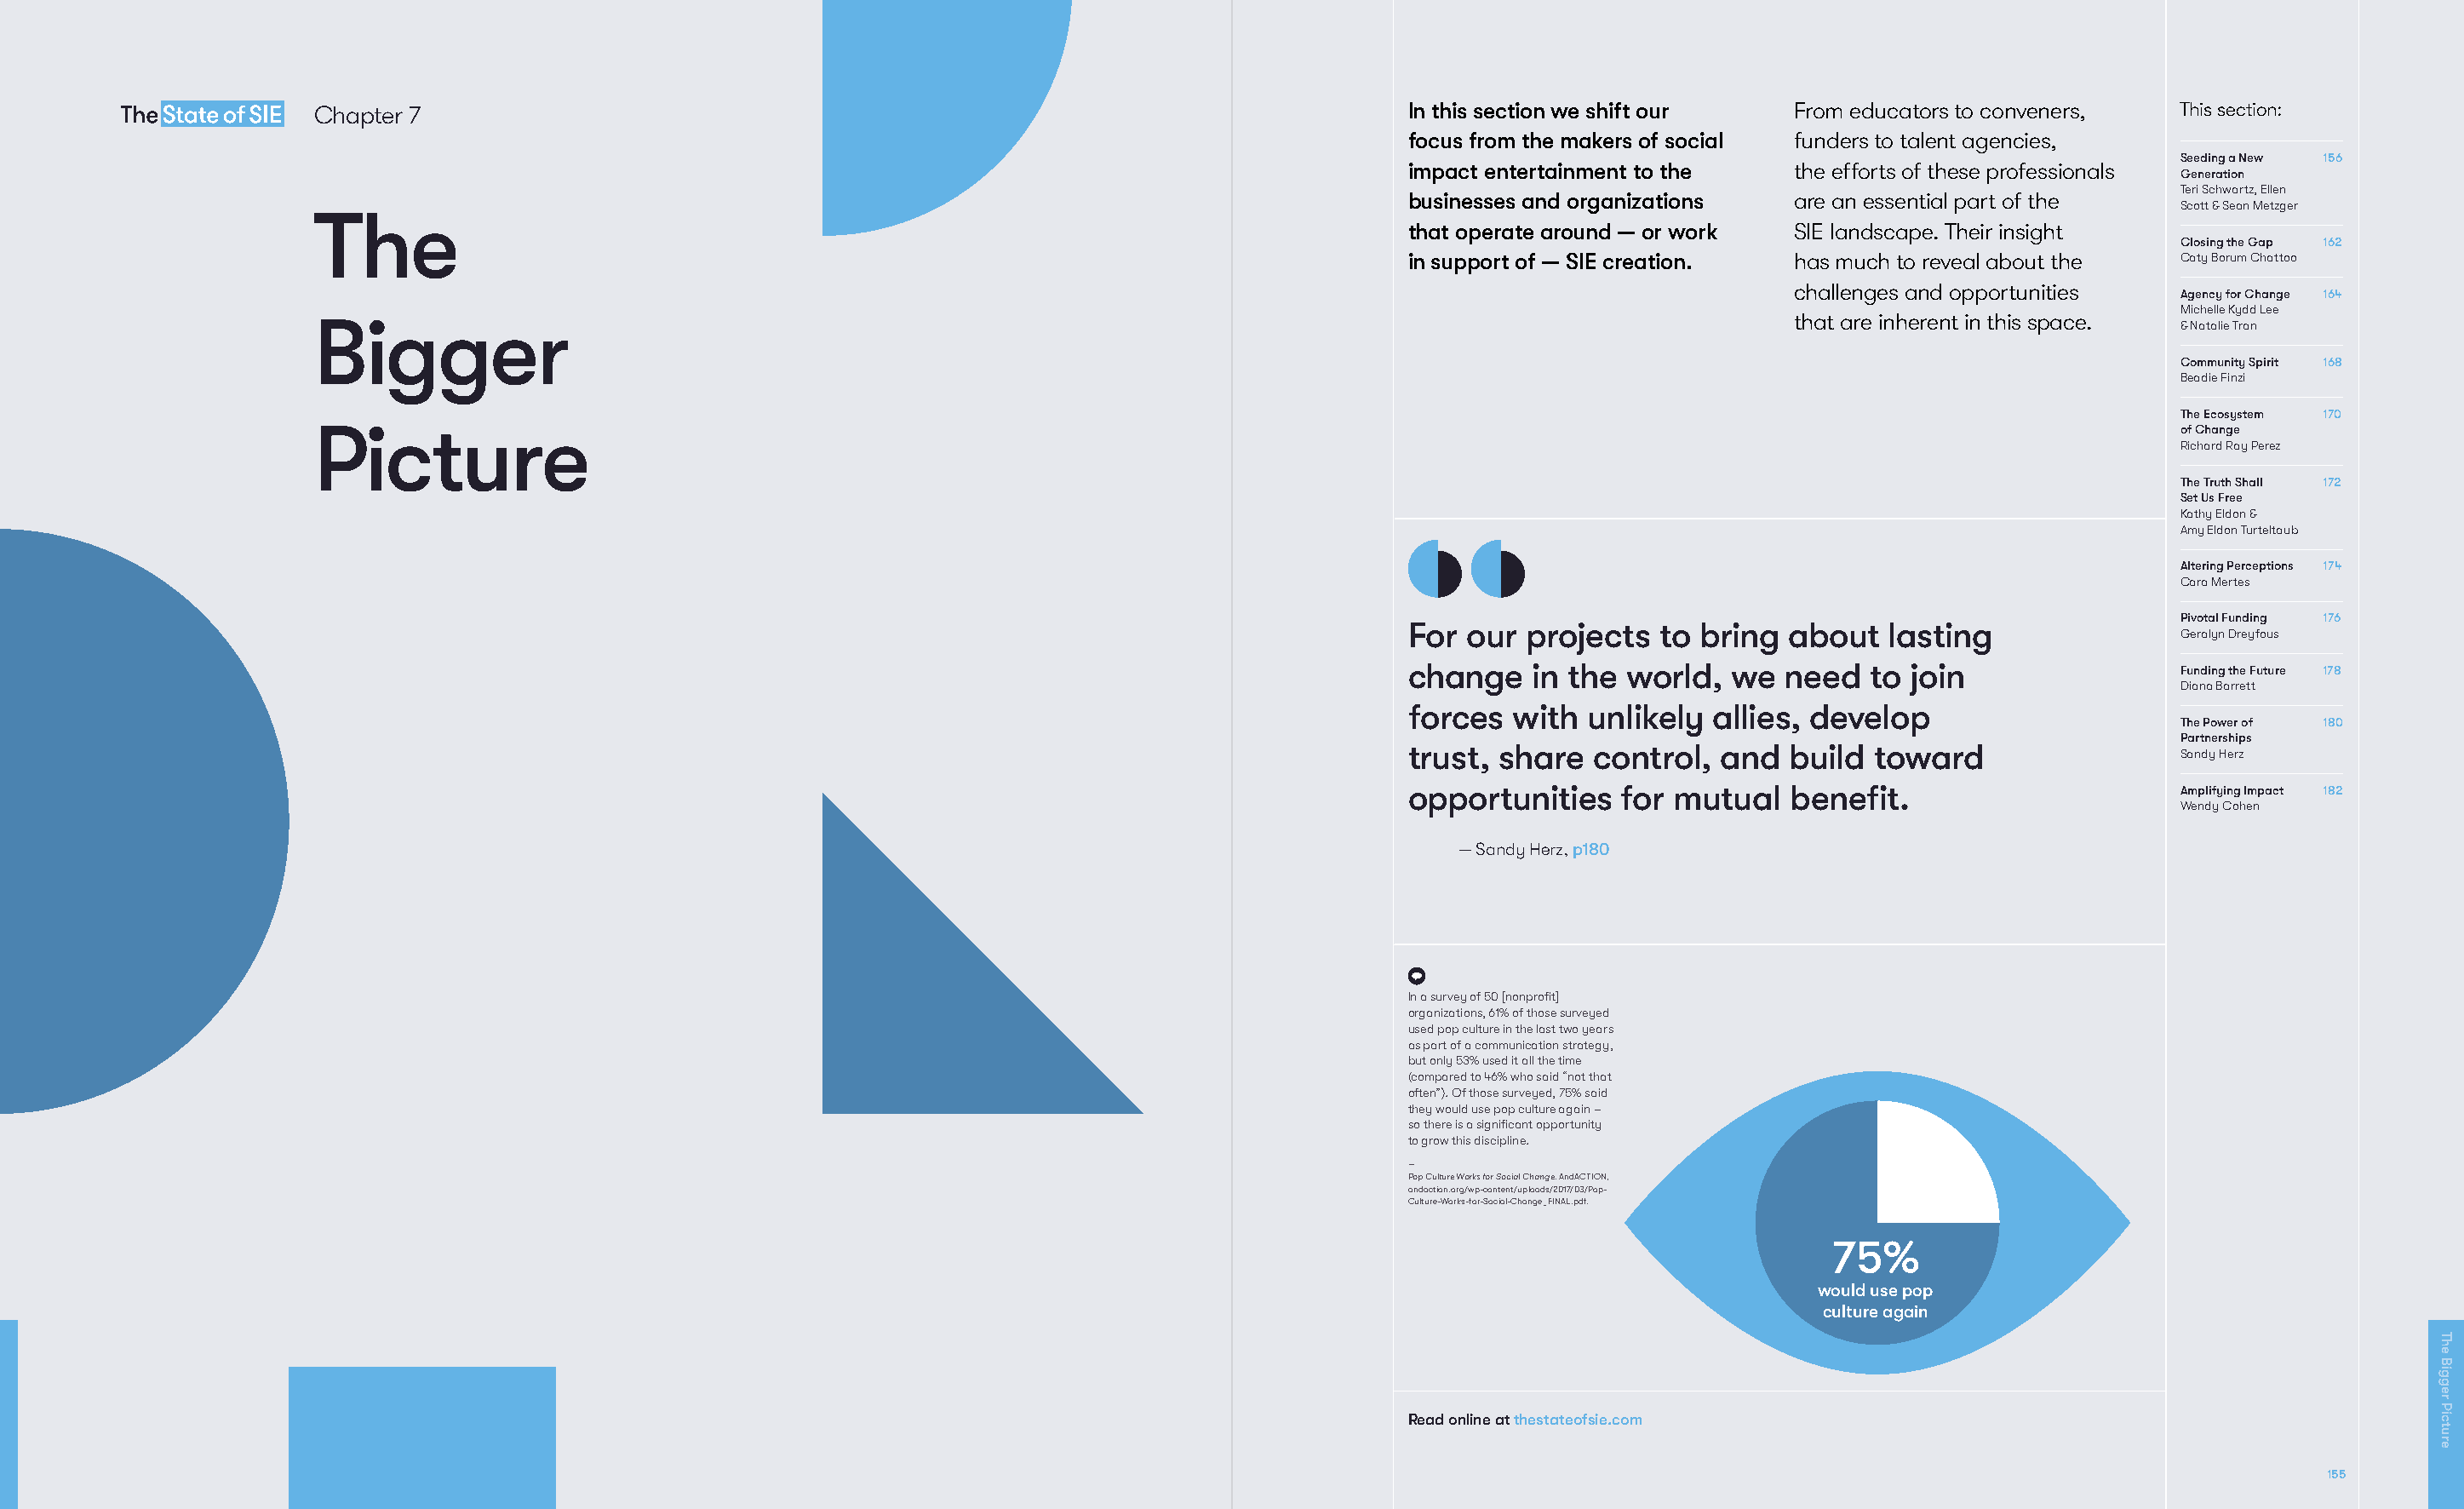
Chapter 7                                                                            In this section we shift our   From educators to conveners,  This section:
 focus from the makers of social funders to talent agencies,
 Seeding a New 156
 impact entertainment to the    the efforts of these professionals
 Generation
 Teri Schwartz, Ellen
 businesses and organizations   are an essential part of the
 Scott & Sean Metzger
 The
 that operate around — or work  SIE landscape. Their insight
 Closing the Gap 162
 in support of — SIE creation.  has much to reveal about the  Caty Borum Chattoo
 challenges and opportunities
 Agency for Change 164
 Michelle Kydd Lee
 Bigger                                                                                                              that are inherent in this space.
 & Natalie Tran
 Community Spirit 168
 Beadie Finzi
 The Ecosystem 170
 Picture                                                                                                                                           of Change
 Richard Ray Perez
 The Truth Shall 172
 Set Us Free
 Kathy Eldon &
 Amy Eldon Turteltaub
 Altering Perceptions 174
 Cara Mertes
 Pivotal Funding 176
 For  our  projects  to bring  about   lasting
 Geralyn Dreyfous
 change    in the world,   we  need  to  join                 Funding the Future 178
 Diana Barrett
 forces   with unlikely  allies, develop
 The Power of 180
 Partnerships
 trust,  share  control,  and  build  toward
 Sandy Herz
 opportunities    for mutual   benefit.                       Amplifying Impact 182
 Wendy Cohen
 — Sandy Herz, p180
 In a survey of 50 [nonprofit]
 organizations, 61% of those surveyed
 used pop culture in the last two years
 as part of a communication strategy,
 but only 53% used it all the time
 (compared to 46% who said “not that
 often”). Of those surveyed, 75% said
 they would use pop culture again –
 so there is a significant opportunity
 to grow this discipline.
 —
 Pop Culture Works for Social Change. AndACTION,
 andaction.org/wp-content/uploads/2017/03/Pop-
 Culture-Works-for-Social-Change_FINAL.pdf.
 75%
 would use pop
 culture again
 Read online at thestateofsie.com
 155
 The
 Bigger
 Picture